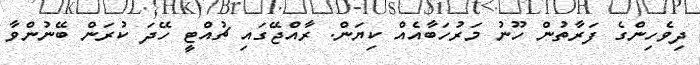
ދިވެހިންގެ ފަރާތުން ހޫނު މަރުހަބާއެއް ކިޔަން. ރާއްޖޭގައި ޗުއްޓީ ހޭދަ ކުރަން ބޭނުންވާ